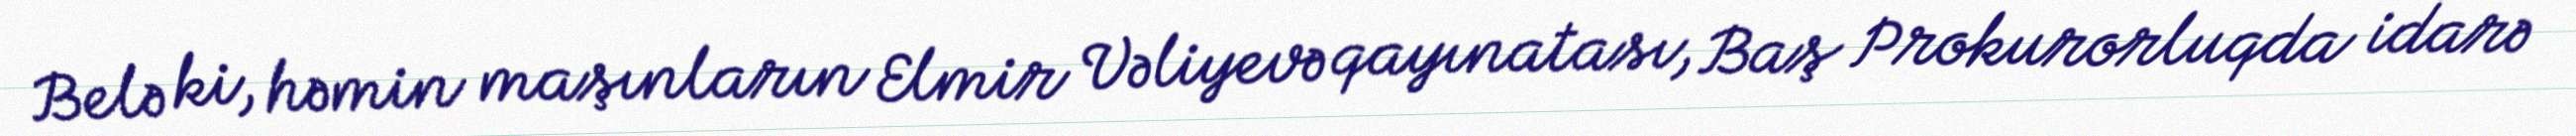
Belə ki, həmin maşınların Elmir Vəliyevə qayınatası, Baş Prokurorluqda idarə